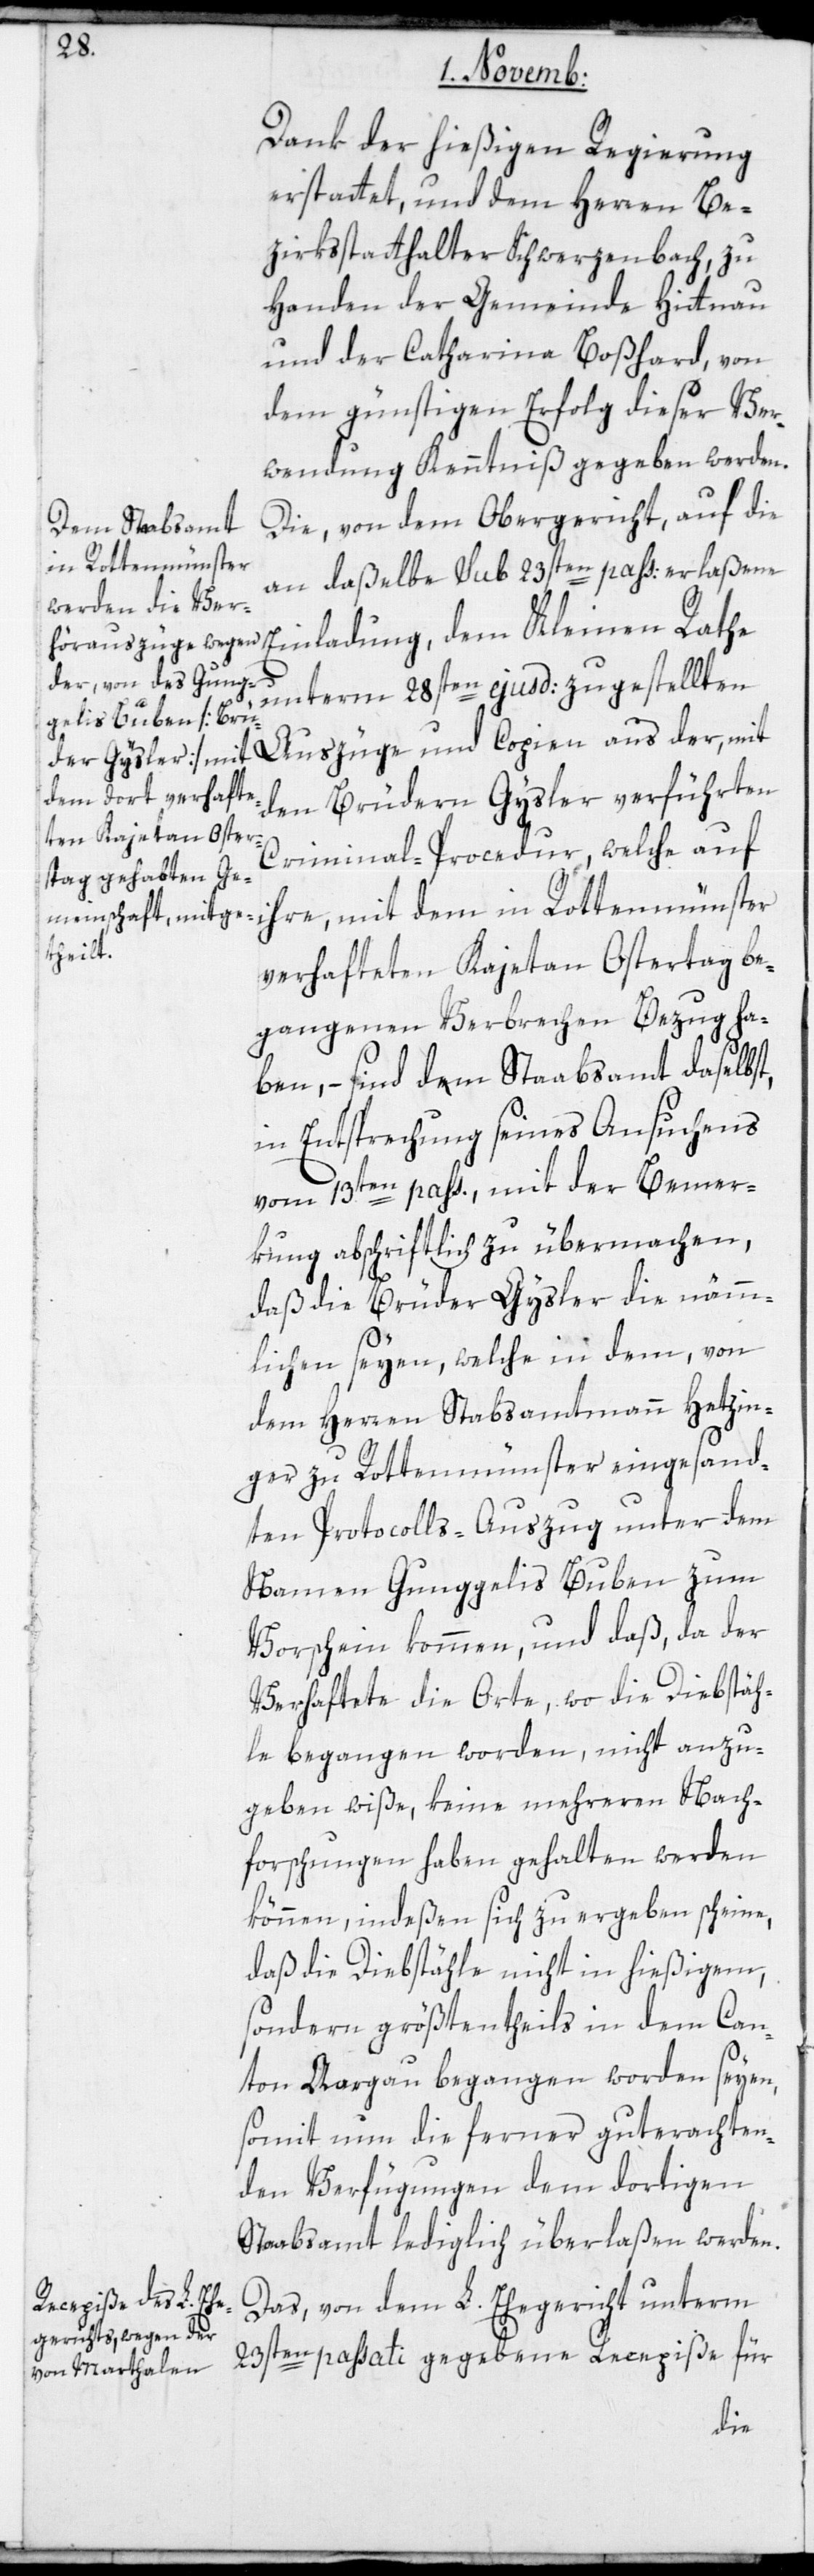
Dank der hießigen Regierung
erstattet, und dem Herren Be¬
zirksstatthalter Schwerzenbach, zu
Handen der Gemeinde Hittnau
und der Catharina Boßhard, von
dem günstigen Erfolg dieser Ver¬
wendung Kenntniß gegeben werden.
Die von dem Obergericht auf die
an daßelbe sub 23sten passati erlaßene
Einladung, dem Kleinen Rathe
unterm 28sten ejusd: zugestellten
Auszüge und Copien aus der, mit
den Brüdern Gysler verführten
Criminal-Procedur, welche auf
ihre, mit dem in Rottenmünster
verhafteten Kajetan Ostertag be¬
gangenen Verbrechen Bezug ha¬
ben, – sind dem Staabsamt daselbst,
in Entsprechnung seines Ansuchens
vom 13ten passati, mit der Bemer¬
kung abschriftlich zu übermachen,
daß die Brüder Gysler die nämm¬
lichen seyen, welche in dem, von
dem Herren Stabsamtmann Hetzin¬
ger zu Rottenmünster eingesand¬
ten Protocolls-Auszug unter dem
Namen Gunggelis Buben zum
Vorschein kommen, und daß, da der
Verhaftete die Orte, wo die Diebstäh¬
le begangen worden, nicht anzu¬
geben wiße, keine mehreren Nach¬
forschungen haben gehalten werden
können, indeßen sich zu ergeben scheine,
daß die Diebstähle nicht in hießigem,
sondern größtentheils in dem Can¬
ton Aargau begangen worden seyen,
somit nun die ferner guterachten¬
den Verfügungen dem dortigen
Staabsamt lediglich überlaßen werden.
Das von dem L. Ehegericht unterm
23sten passati gegebene Recepiße für